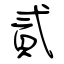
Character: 貳